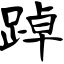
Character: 踔